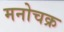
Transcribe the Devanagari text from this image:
मनोचक्र